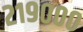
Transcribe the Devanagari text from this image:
२१९०००